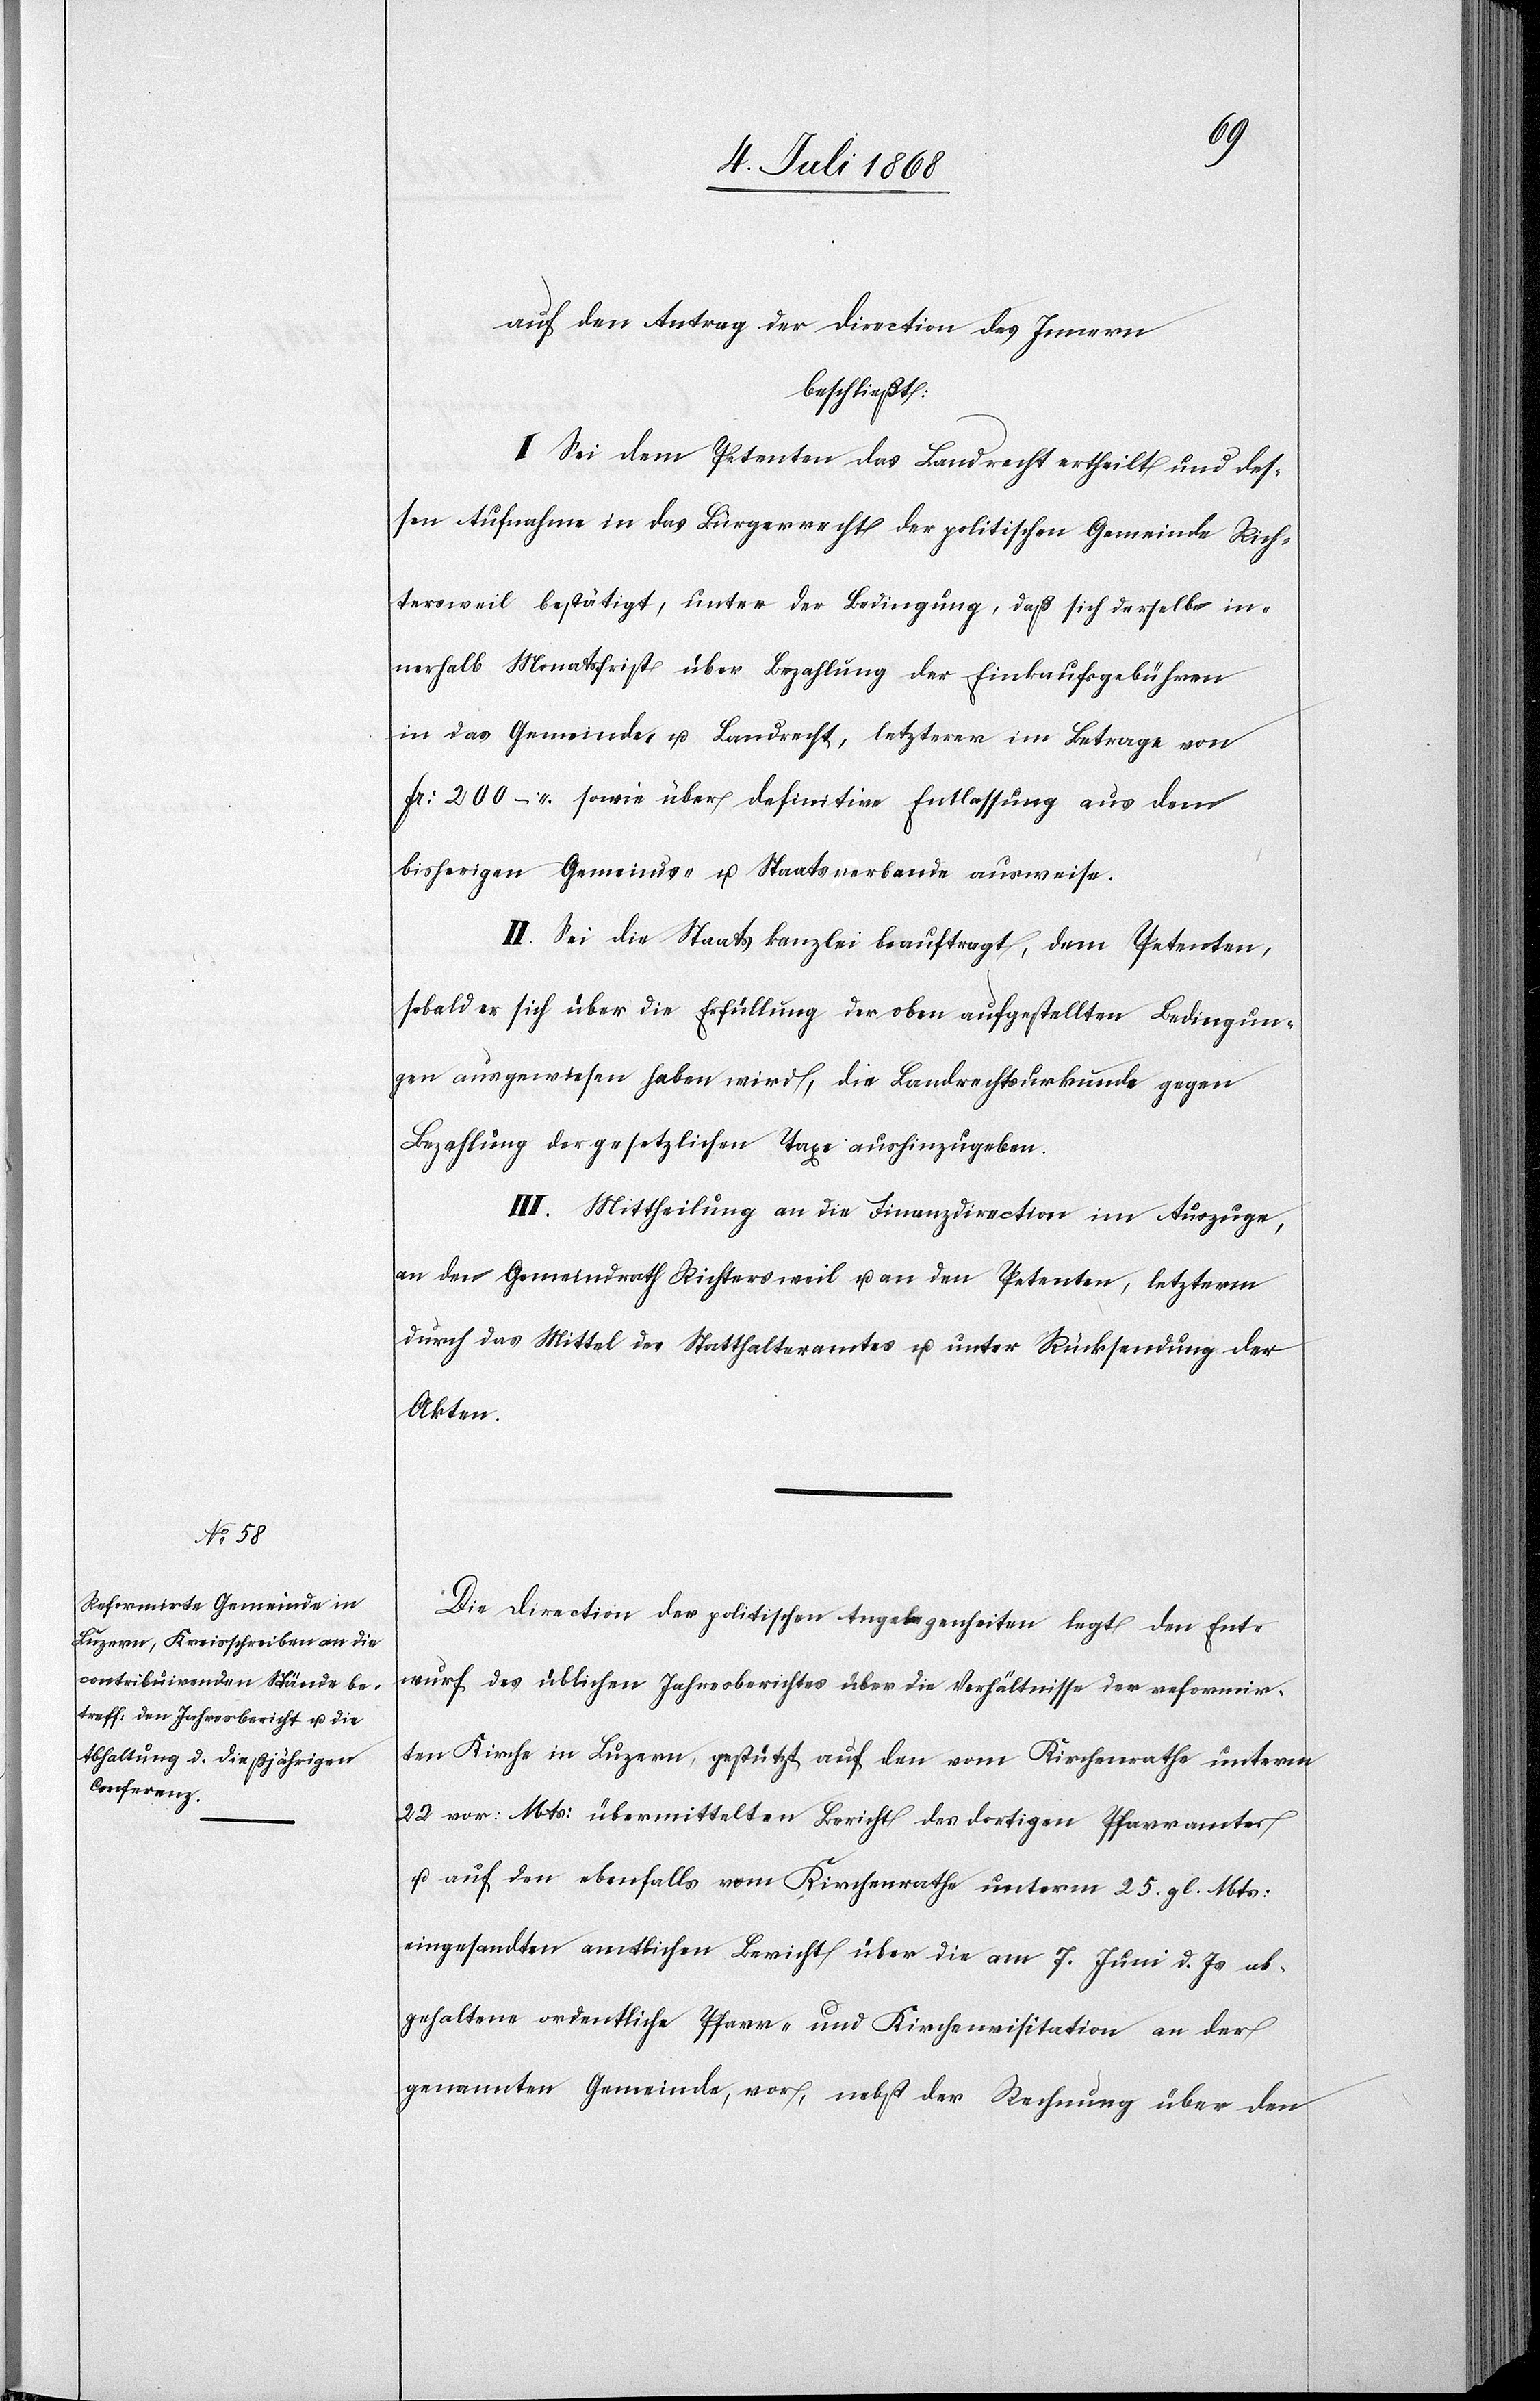
10. Juli 1868.]
auf den Antrag der Direction des Innern
beschließt:
I. Sei dem Petenten das Landrecht ertheilt und des¬
sen Aufnahme in das Bürgerrecht der politischen Gemeinde Rich¬
tersweil bestätigt, unter der Bedingung, daß sich derselbe in¬
nerhalb Monatsfrist über Bezahlung der Einkaufsgebühren
in das Gemeinde- u. Landrecht, letzterer im Betrage von
Fr: 200 – sowie über definitive Entlassung aus dem
bisherigen Gemeinds- u. Staatsverbande ausweise.
II. Sei die Staatskanzlei beauftragt, dem Petenten,
sobald er sich über die Erfüllung der oben aufgestellten Bedingun¬
gen ausgewiesen haben wird, die Landrechtsurkunde gegen
Bezahlung der gesetzlichen Taxe aushinzugeben.
III. Mittheilung an die Finanzdirection im Auszuge,
an den Gemeindrath Richtersweil u. an den Petenten, letzterm
durch das Mittel des Statthalteramtes u. unter Rücksendung der
Akten.
Die Direction der politischen Angelegenheiten legt den Ent¬
wurf des üblichen Jahresberichtes über die Verhältnisse der reformir¬
ten Kirche in Luzern, gestützt auf den vom Kirchenrathe unterm
22 vor: Mts: übermittelten Bericht des dortigen Pfarramtes
u. auf den ebenfalls vom Kirchenrathe unterm 25. gl. Mts:
eingesandten amtlichen Bericht über die am 7. Juni d. Js ab¬
gehaltene ordentliche Pfarr- und Kirchenvisitation an der
genannten Gemeinde, vor, nebst der Rechnung über den